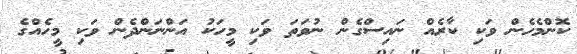
ކޮންމެހެން ވަކި ކާރެއް ނައިސްގެން ނުވަތަ ވަކި މީހަކު އަންނަންދެން ވަކި މީހެއްގެ